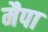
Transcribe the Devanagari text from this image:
मैपा